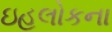
ઇહલોકના